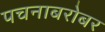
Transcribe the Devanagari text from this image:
पचनाबरोबर